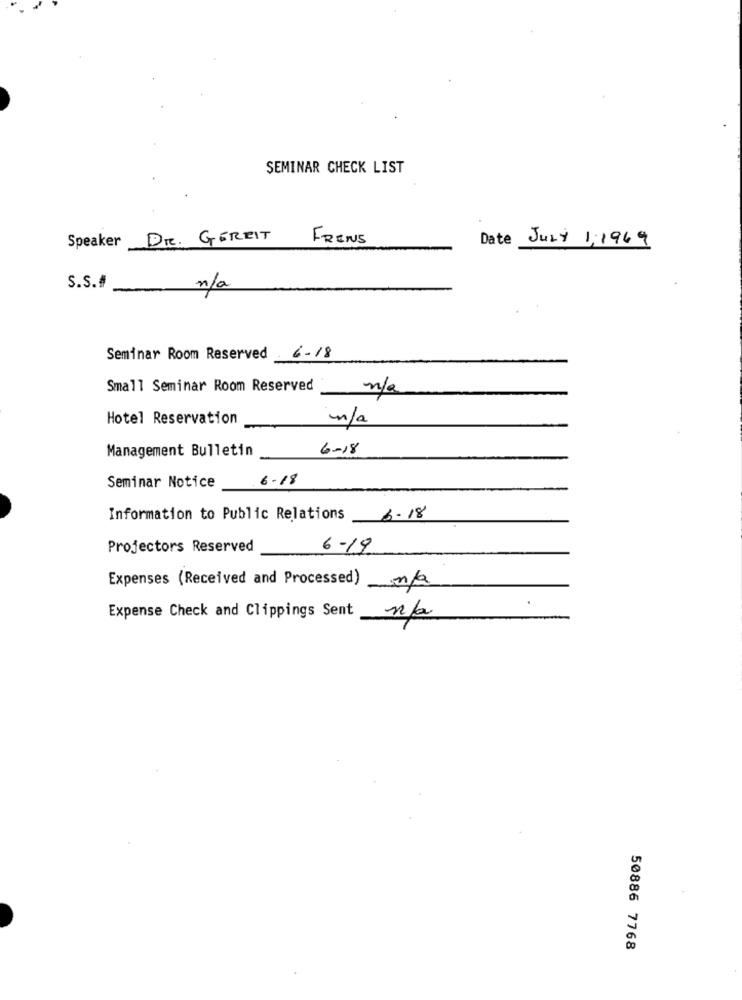
SEMINAR CHECK LIST
DR. GEREIT
FRENS
Date July 1;1969
Speaker
S.S.#
n/a
Seminar Room Reserved
6-18
Small Seminar Room Reserved
n/a
Hotel Reservation
n/a
6-18
Management Bulletin
6-18
Seminar Notice
Information to Public Relations
6.18
Projectors Reserved
6-19
Expenses (Received and Processed) n/a
Expense Check and Clippings Sent
n/a
50886 7768